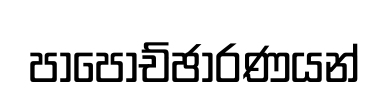
පාපොච්ඡාරණයන්